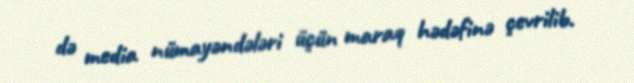
də media nümayəndələri üçün maraq hədəfinə çevrilib.